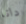
دانا